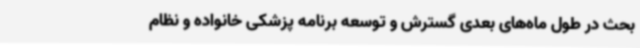
بحث در طول ماه‌های بعدی گسترش و توسعه برنامه پزشکی خانواده و نظام